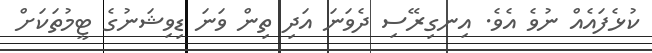
ކުޅެފައެއް ނުވެ އެވެ. އިނގިރޭސި ދެވަނަ އަދި ތިން ވަނަ ޑިވިޝަނުގެ ޓީމުތަކަށް